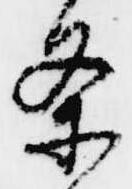
条